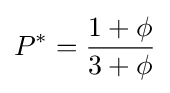
P^{*}={\frac {1+\phi }{3+\phi }}